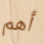
أهم